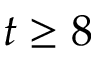
t \geq 8